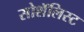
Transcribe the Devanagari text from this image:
सोशॅलिस्ट